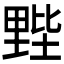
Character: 𲇂